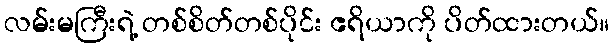
လမ်းမကြီးရဲ့ တစ်စိတ်တစ်ပိုင်း ဧရိယာကို ပိတ်ထားတယ်။